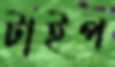
টাইপ